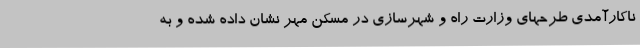
ناکارآمدی طرحهای وزارت راه و شهرسازی در مسکن مهر نشان داده شده و به